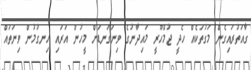
ގާއަތުރައިގެން މަގުތަކެއް ހެދީ ޖުމްހޫރީ މައިދާނުގެ ވިނަގަނޑަށް މީހުން އަރައި ހިނގުމުން ވިނަތައް